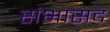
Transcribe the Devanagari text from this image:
संभासद